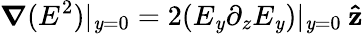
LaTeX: \boldsymbol{\nabla}(E^{2})|_{\mathit{y}=0}=2(E_{\mathit{y}}\partial_{z}E_{\mathit{y}})|_{\mathit{y}=0}\: \mathbf{{\hat{{z}}}}